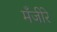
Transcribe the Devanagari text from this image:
मँजीरे